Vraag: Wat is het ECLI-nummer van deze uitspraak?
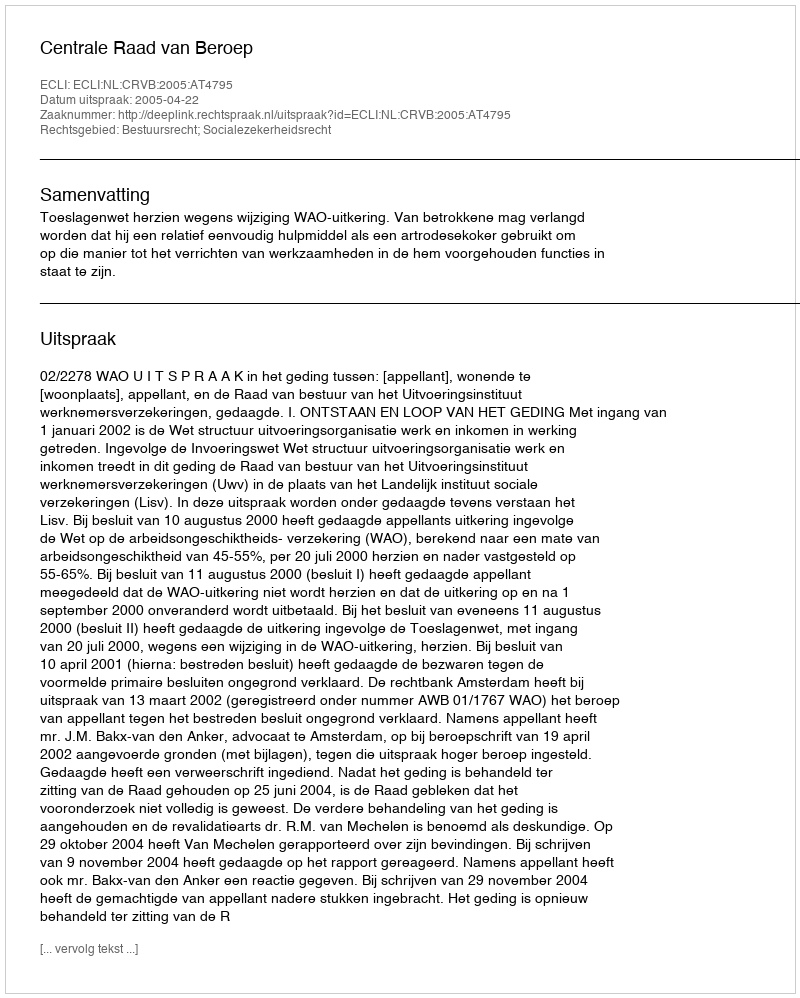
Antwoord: ECLI:NL:CRVB:2005:AT4795